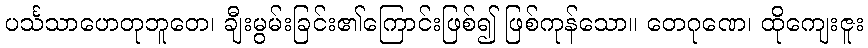
ပင်္သသာဟေတုဘူတေ၊ ချီးမွမ်းခြင်း၏ကြောင်းဖြစ်၍ ဖြစ်ကုန်သော။ တေဂုဏေ၊ ထိုကျေးဇူး